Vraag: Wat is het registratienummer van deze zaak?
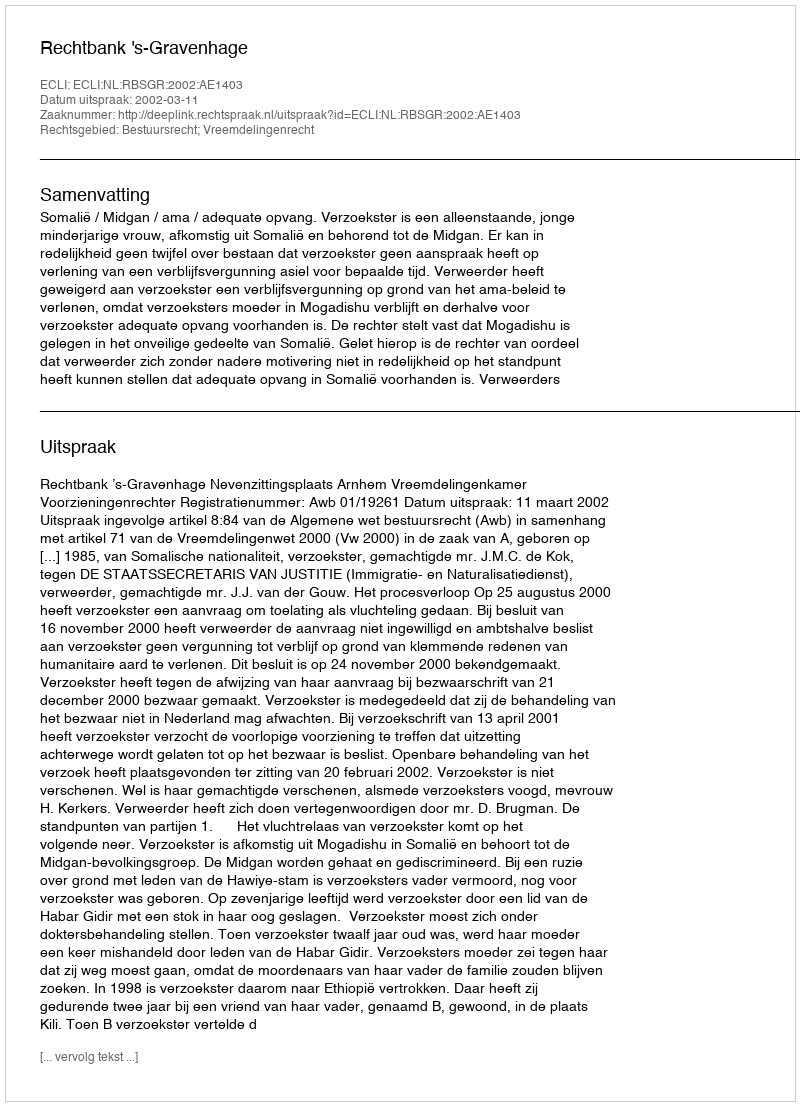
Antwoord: http://deeplink.rechtspraak.nl/uitspraak?id=ECLI:NL:RBSGR:2002:AE1403